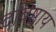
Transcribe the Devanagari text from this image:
दविष्ठाय